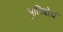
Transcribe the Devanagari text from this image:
श्रुतिबोध